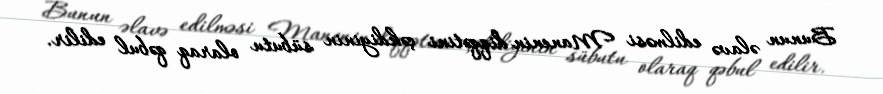
Bunun əlavə edilməsi Manenin diqqətini çəkdiyinin sübutu olaraq qəbul edilir.